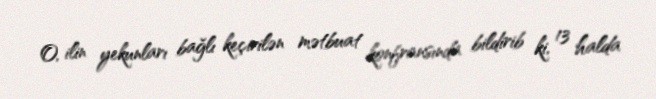
O, ilin yekunları bağlı keçirilən mətbuat konfransında bildirib ki, 13 halda